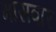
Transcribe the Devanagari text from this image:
मासवार